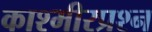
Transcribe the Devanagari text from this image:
काश्‍मीरप्रश्‍न